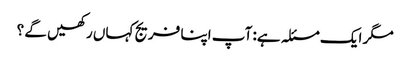
مگر ایک مسئلہ ہے: آپ اپنا فریج کہاں رکھیں گے ؟